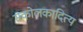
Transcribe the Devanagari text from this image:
सकोलकादित्य